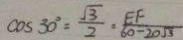
\cos 3 0 ^ { \circ } = \frac { \sqrt { 3 } } { 2 } = \frac { E F } { 6 0 - 2 0 \sqrt { 3 } }